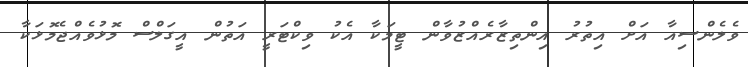
ވެލެންސިއާ އަށް އިތުރު އިންތިޒާރެއްޒުވާން ޓީމަކާ އެކު ވިކްޓަރީ އަތުން އީގަލްސް މޮޅުވެއްޖެމޮޅަކާ